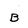
Character: B